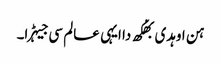
ہن اوہدی بھُکھ دا ایہی عالم سی جیہڑا۔